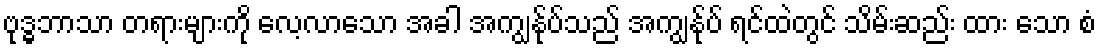
ဗုဒ္ဓဘာသာ တရားများကို လေ့လာသော အခါ အကျွန်ုပ်သည် အကျွန်ုပ် ရင်ထဲတွင် သိမ်းဆည်း ထား သော စံ